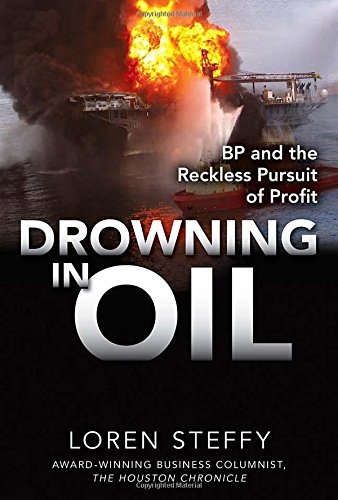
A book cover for Drowning in Oil: BP & the Reckless Pursuit of Profit; Loren C. Steffy; Business & Money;